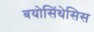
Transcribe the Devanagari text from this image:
बयोसिंथेसिस